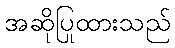
အဆိုပြုထားသည်